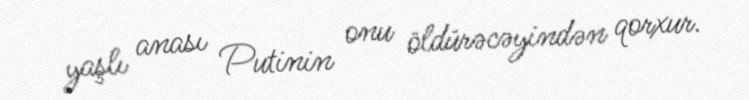
yaşlı anası Putinin onu öldürəcəyindən qorxur.